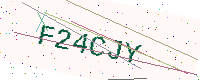
Text: F24CJY